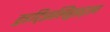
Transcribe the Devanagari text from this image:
हुइट्झिलिहुइट्ल